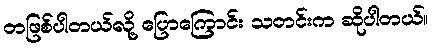
တဖြစ်ပါတယ်လို့ ပြောကြောင်း သတင်းက ဆိုပါတယ်။